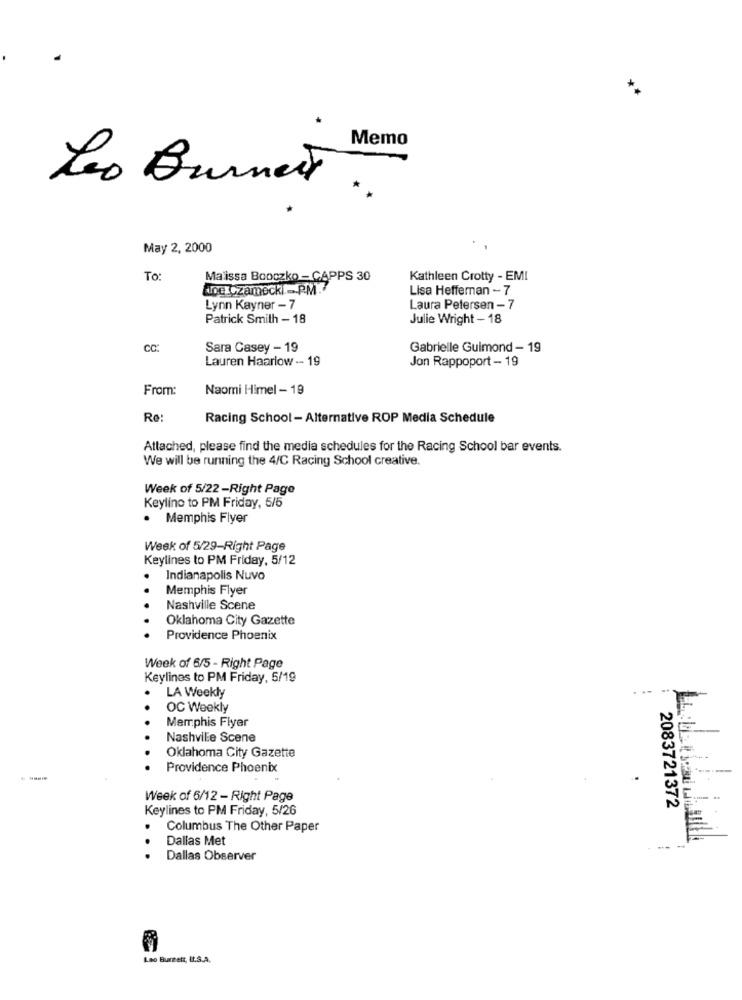
Memo
Leo Burnett ..
May 2, 2000
To:
Maissa Booczko - CAPPS 30
Kathleen Crotty - EM!
doe Czameck -P.M.
Lisa Heffernan - 7
Lynn Kayner - 7
Laura Petersen - 7
Patrick Smith - 18
Julie Wright - 18
CC:
Sara Casey - 19
Gabrielle Guimond - 19
Lauren Haarlow -- 19
Jon Rappoport - 19
From:
Naomi Himel - 19
Re:
Racing School - Alternative ROP Media Schedule
Attached, please find the media schedules for the Racing School bar events.
We will be running the 4/C Racing School creative.
Week of 5/22-Right Page
Keylino to PM Friday, 5/5
. Memphis Flyer
Week of 5/29-Right Page
Keylines to PM Friday, 5/12
Indianapolis Nuvo
Memphis Flyer
Nashville Scene
Oklahoma City Gazette
Providence Phoenix
Week of 6/5 - Right Page
Keylines to PM Friday, 5/19
LA Weekly
OC Weekly
Memphis Flyer
Nashville Scene
Oklahoma City Gazette
Providence Phoenix
Week of 6/12 - Right Page
Keylines to PM Friday, 5/26
2083721372
Columbus The Other Paper
Dallas Met
---
Dallas Observer
Leo Burnett, IL.S.A.